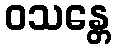
ဝသန္တေ